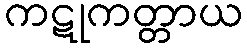
ကဋုကတ္တာယ